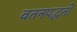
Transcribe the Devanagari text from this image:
वतनपद्धती